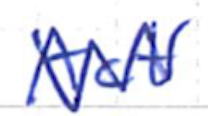
Text: Act
Cross-out: zig-zag
Writing tool: ballpoint